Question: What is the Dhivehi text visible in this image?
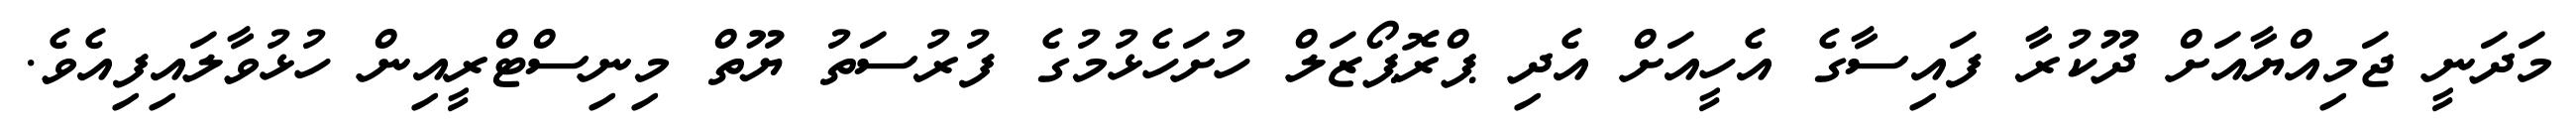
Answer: މަދަނީ ޖަމިއްޔާއަށް ދޫކުރާ ފައިސާގެ އެހީއަށް އެދި ޕްރޮޕޯޒަލް ހުށަހެޅުމުގެ ފުރުސަތު ޔޫތް މިނިސްޓްރީއިން ހުޅުވާލައިފިއެވެ.